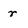
Character: r